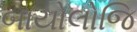
બાયોલોજિ